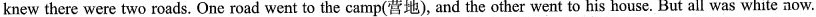
knew there were two roads. One road went to the camp(营地), and the other went to his house. But all was white now.